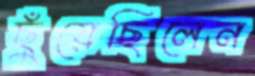
ছুঁয়েছিলেন